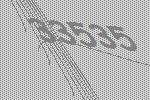
33535